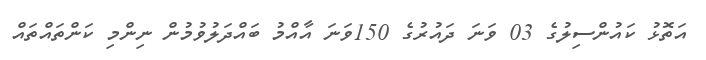
އަތޮޅު ކައުންސިލުގެ 03 ވަނަ ދައުރުގެ 150ވަނަ އާއްމު ބައްދަލުވުމުން ނިންމި ކަންތައްތައް